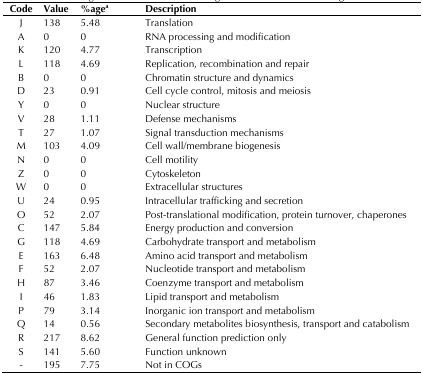
<table><thead><tr><td><b>Code</b></td><td><b>Value</b></td><td><b>%age<sup>a</sup></b></td><td><b>Description</b></td></tr></thead><tbody><tr><td>J</td><td>138</td><td>5.48</td><td>Translation</td></tr><tr><td>A</td><td>0</td><td>0</td><td>RNA processing and modification</td></tr><tr><td>K</td><td>120</td><td>4.77</td><td>Transcription</td></tr><tr><td>L</td><td>118</td><td>4.69</td><td>Replication, recombination and repair</td></tr><tr><td>B</td><td>0</td><td>0</td><td>Chromatin structure and dynamics</td></tr><tr><td>D</td><td>23</td><td>0.91</td><td>Cell cycle control, mitosis and meiosis</td></tr><tr><td>Y</td><td>0</td><td>0</td><td>Nuclear structure</td></tr><tr><td>V</td><td>28</td><td>1.11</td><td>Defense mechanisms</td></tr><tr><td>T</td><td>27</td><td>1.07</td><td>Signal transduction mechanisms</td></tr><tr><td>M</td><td>103</td><td>4.09</td><td>Cell wall/membrane biogenesis</td></tr><tr><td>N</td><td>0</td><td>0</td><td>Cell motility</td></tr><tr><td>Z</td><td>0</td><td>0</td><td>Cytoskeleton</td></tr><tr><td>W</td><td>0</td><td>0</td><td>Extracellular structures</td></tr><tr><td>U</td><td>24</td><td>0.95</td><td>Intracellular trafficking and secretion</td></tr><tr><td>O</td><td>52</td><td>2.07</td><td>Post-translational modification, protein turnover, chaperones</td></tr><tr><td>C</td><td>147</td><td>5.84</td><td>Energy production and conversion</td></tr><tr><td>G</td><td>118</td><td>4.69</td><td>Carbohydrate transport and metabolism</td></tr><tr><td>E</td><td>163</td><td>6.48</td><td>Amino acid transport and metabolism</td></tr><tr><td>F</td><td>52</td><td>2.07</td><td>Nucleotide transport and metabolism</td></tr><tr><td>H</td><td>87</td><td>3.46</td><td>Coenzyme transport and metabolism</td></tr><tr><td>I</td><td>46</td><td>1.83</td><td>Lipid transport and metabolism</td></tr><tr><td>P</td><td>79</td><td>3.14</td><td>Inorganic ion transport and metabolism</td></tr><tr><td>Q</td><td>14</td><td>0.56</td><td>Secondary metabolites biosynthesis, transport and catabolism</td></tr><tr><td>R</td><td>217</td><td>8.62</td><td>General function prediction only</td></tr><tr><td>S</td><td>141</td><td>5.60</td><td>Function unknown</td></tr><tr><td>-</td><td>195</td><td>7.75</td><td>Not in COGs</td></tr></tbody></table>